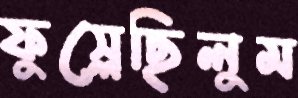
ফুস্‌লেছিলুম